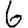
Digit: 6